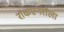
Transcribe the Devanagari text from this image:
राॅकएनराॅला